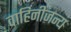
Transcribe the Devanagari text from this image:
वाहिनीजन्य